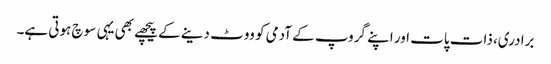
برادری، ذات پات اور اپنے گروپ کے آدمی کو ووٹ دینے کے پیچھے بھی یہی سوچ ہوتی ہے۔